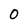
Character: 0